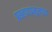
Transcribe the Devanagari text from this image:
प्रह्लादप्रमुखाश्च